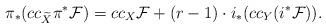
LaTeX: \begin{align*}\pi_\ast(cc_{\widetilde{X}}\pi^\ast\mathcal F)=cc_X\mathcal F+ (r-1)\cdot i_\ast(cc_Y(i^\ast\mathcal F)).\end{align*}